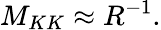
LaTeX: M_{KK}\approx R^{-1}.